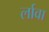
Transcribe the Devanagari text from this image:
र्लावा